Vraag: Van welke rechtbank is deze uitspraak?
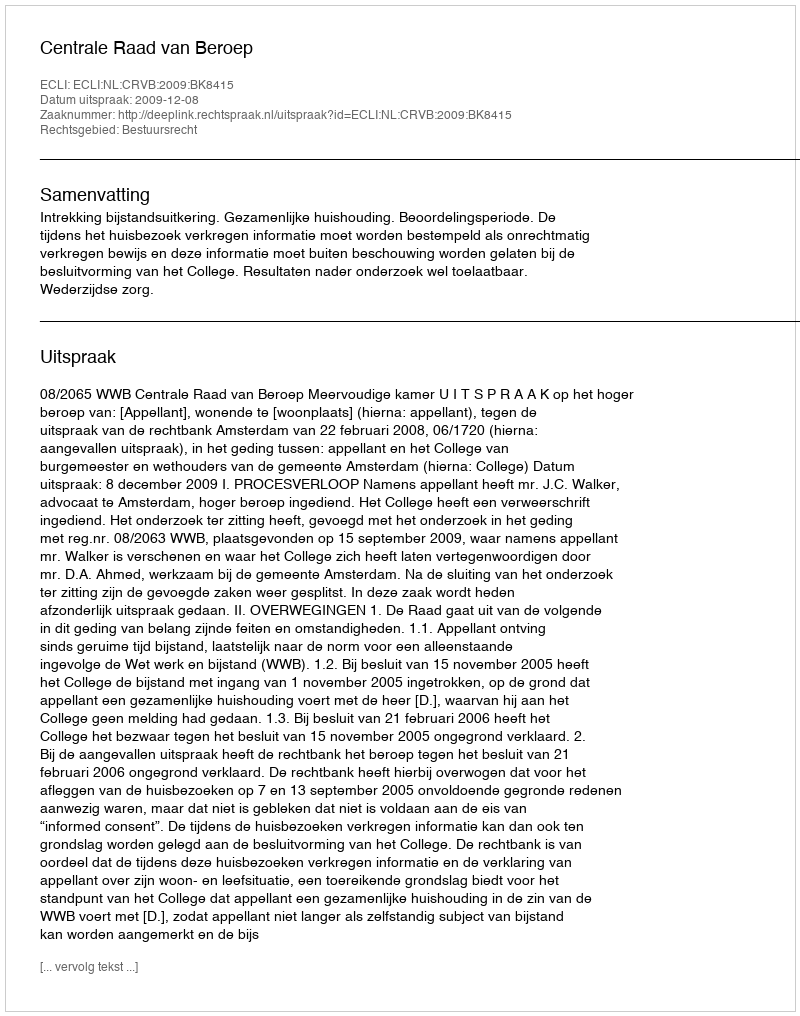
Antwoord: Centrale Raad van Beroep